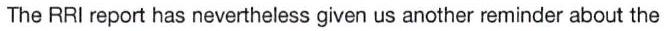
The RRI report has nevertheless given us another reminder about the